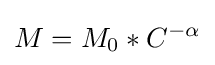
M=M_{0}*C^{-\alpha }